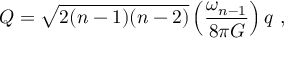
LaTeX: Q = \sqrt { 2 ( n - 1 ) ( n - 2 ) } \left( { \frac { \omega _ { n - 1 } } { 8 \pi G } } \right) q \ ,